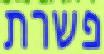
פשרת